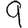
Digit: 9